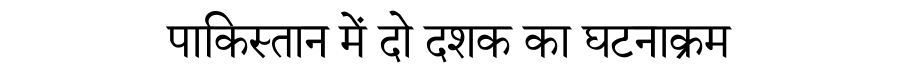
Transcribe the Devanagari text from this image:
पाकिस्तान में दो दशक का घटनाक्रम